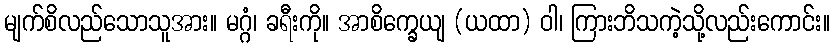
မျက်စိလည်သောသူအား။ မဂ္ဂံ၊ ခရီးကို။ အာစိက္ခေယျ (ယထာ) ဝါ၊ ကြားဘိသကဲ့သို့လည်းကောင်း။